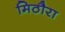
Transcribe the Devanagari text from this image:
मिठौरा